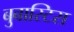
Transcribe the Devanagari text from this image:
बुबास्टिस